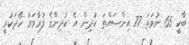
ބާކީ 65 ނުވަތަ 77 އިންސައްތަ ކުދިން އެ ކުދިންގެ ފުރާވަރު ހޭދަކުރީ